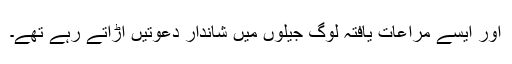
اور ایسے مراعات یافتہ لوگ جیلوں میں شاندار دعوتیں اڑاتے رہے تھے۔